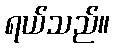
ရယ်သည်။